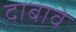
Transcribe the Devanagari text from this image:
दाबावे